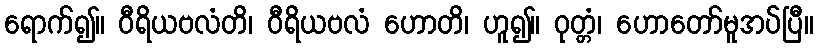
ရောက်၍။ ဝီရိယဗလံတိ၊ ဝီရိယဗလံ ဟောတိ၊ ဟူ၍။ ဝုတ္တံ၊ ဟောတော်မူအပ်ပြီ။